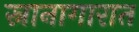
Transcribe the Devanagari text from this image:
स्नानागारात